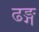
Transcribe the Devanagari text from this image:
ढङ्ग